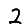
Digit: 2